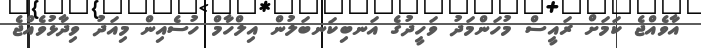
އާވެއްޖެ ކަމަށް ރައީސް މުހަންމަދު ވަހީދުގެ އަނބިކަނބަލުން އިލްހާމް ހުސެއިން މިއަދު ވިދާޅުވެއްޖެ